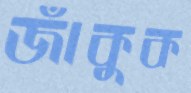
জাঁকুক